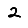
Digit: 2